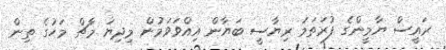
ރައީސް ޔާމީންގެ ފުރަތަމަ ރިޔާސީ ބަޔާން އިއްވަވަމުން މިދިޔަ މާޗް މަހުގެ ތިން